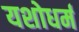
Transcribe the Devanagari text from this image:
यशोधर्म